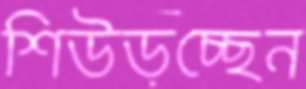
শিউড়চ্ছেন